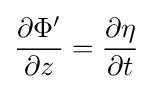
{\frac {\partial \Phi '}{\partial z}}={\frac {\partial \eta }{\partial t}}